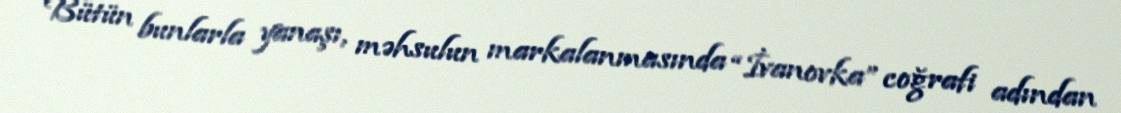
Bütün bunlarla yanaşı, məhsulun markalanmasında “İvanovka” coğrafi adından